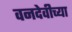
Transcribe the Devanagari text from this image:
वनदेवीच्या